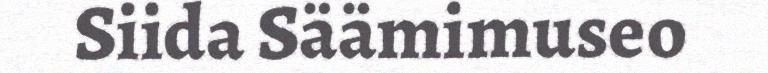
Siida Säämimuseo